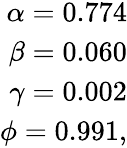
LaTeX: \begin{array}{r}{\alpha=0.774}\\ {\beta=0.060}\\ {\gamma=0.002}\\ {\phi=0.991,}\end{array}